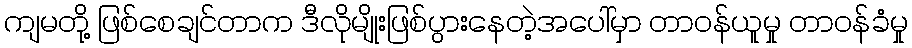
ကျမတို့ ဖြစ်စေချင်တာက ဒီလိုမျိုးဖြစ်ပွားနေတဲ့အပေါ်မှာ တာဝန်ယူမှု တာဝန်ခံမှု